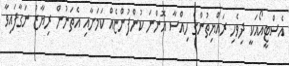
އެސްޓީއޯއަކީ ދިވެހި ރައްޔިތުންގެ ހިއްސާ އޮންނަ ކުންފުންޏެއް ކަމަށާއި އެތަނުން ރިޔާޒު ނަގާފައިވާ